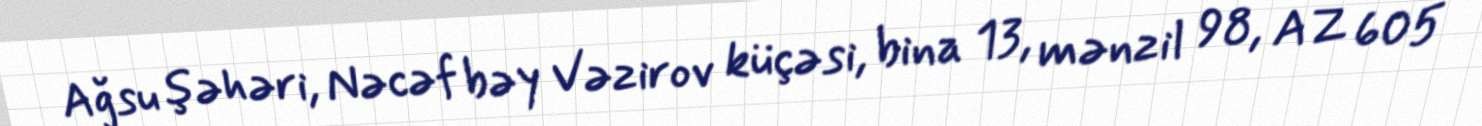
Ağsu şəhəri, Nəcəf bəy Vəzirov küçəsi, bina 13, mənzil 98, AZ 605